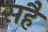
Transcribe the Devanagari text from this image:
सहैं